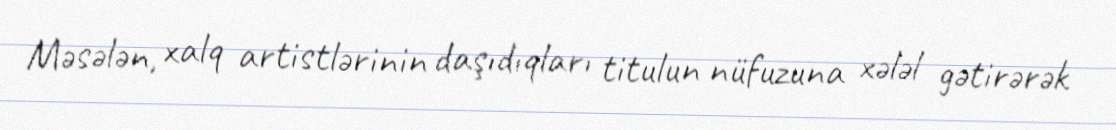
Məsələn, xalq artistlərinin daşıdıqları titulun nüfuzuna xələl gətirərək